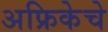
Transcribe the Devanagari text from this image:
अफ्रिकेचे